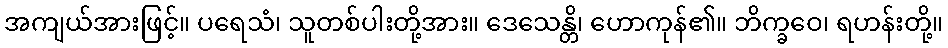
အကျယ်အားဖြင့်။ ပရေသံ၊ သူတစ်ပါးတို့အား။ ဒေသေန္တိ၊ ဟောကုန်၏။ ဘိက္ခဝေ၊ ရဟန်းတို့။